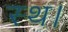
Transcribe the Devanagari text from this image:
स्थ।